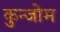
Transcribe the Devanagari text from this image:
कुन्जोम